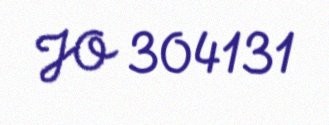
JO 304131